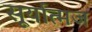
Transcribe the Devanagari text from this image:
सूर्यात्मज